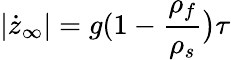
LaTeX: |\dot{z}_{\infty}|=g(1-{\frac{\rho_{f}}{\rho_{s}}}\big)\tau